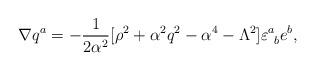
LaTeX: \begin{align*}\nabla q^{a} = -{1 \over 2{\alpha}^{2} } [\rho^{2} +\alpha^{2} q^{2}- \alpha^{4} - \Lambda^2] \varepsilon^{a}_{\ b} e^{b},\end{align*}